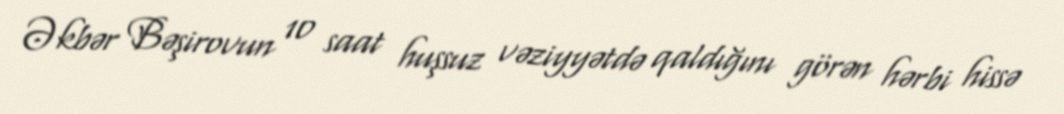
Əkbər Bəşirovun 10 saat huşsuz vəziyyətdə qaldığını görən hərbi hissə